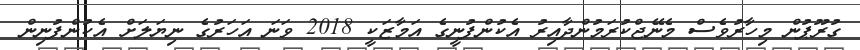
ގުރޫޕުން މިހާރުވެސް މެނޭޖްކުރަމުންދާއިރު އެކުންފުނީގެ އަމާޒަކީ 2018 ވަނަ އަހަރުގެ ނިޔަލަށް އެކުންފުނިން